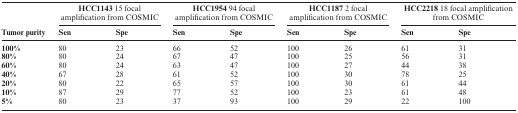
|  | <COLSPAN=2> HCC1143 15 focal amplification from COSMIC | <COLSPAN=2> HCC1954 94 focal amplification from COSMIC | <COLSPAN=2> HCC1187 2 focal amplification from COSMIC | <COLSPAN=2> HCC2218 18 focal amplification from COSMIC |
 | Tumor purity | Sen | Spe | Sen | Spe | Sen | Spe | Sen | Spe |
 | --- | --- | --- | --- | --- | --- | --- | --- | --- |
 | 100% | 80 | 23 | 66 | 52 | 100 | 26 | 61 | 31 |
 | 80% | 80 | 24 | 67 | 47 | 100 | 25 | 56 | 31 |
 | 60% | 80 | 24 | 63 | 47 | 100 | 27 | 44 | 38 |
 | 40% | 67 | 28 | 61 | 52 | 100 | 30 | 78 | 25 |
 | 20% | 80 | 22 | 65 | 57 | 100 | 30 | 61 | 44 |
 | 10% | 87 | 29 | 77 | 52 | 100 | 23 | 61 | 48 |
 | 5% | 80 | 23 | 37 | 93 | 100 | 29 | 22 | 100 |